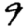
Digit: 9